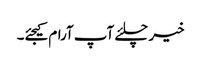
خیر چلئے آپ آرام کیجئے۔